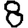
Digit: 8